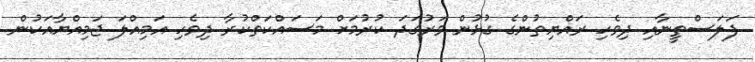
ފަލަސްތީނާއި ދިވެހި ރައްޔިތުންގެ ގުޅުން ވަރުގަދަ ކުރުމަށް މަސައްކަތްކުރާ ދިވެހި އަމިއްލަ ޖަމިއްޔާއަކުން